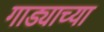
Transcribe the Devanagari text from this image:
गाड्याच्या